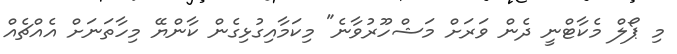
މި ޕޯލް މެކާޓްނީ ދެން ވަރަށް މަޝްހޫރުވާނެ" މިކަމާއިގުޅިގެން ކާންޔޭ މިހާތަނަށް އެއްޗެއް